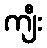
ကျီး